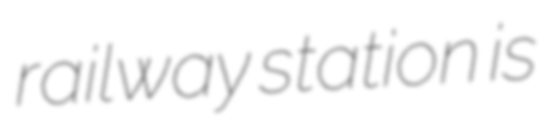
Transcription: railway station is